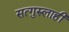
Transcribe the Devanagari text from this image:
सत्गुरुलाही